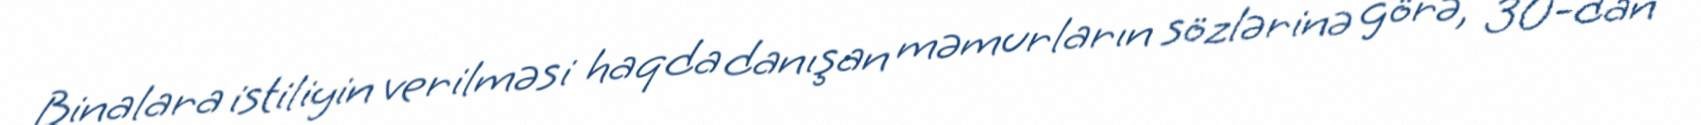
Binalara istiliyin verilməsi haqda danışan məmurların sözlərinə görə, 30-dan